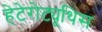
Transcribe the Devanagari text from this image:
हेटेरोट्यूथिस